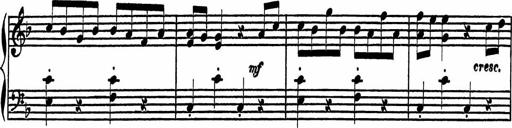
Title: 4 Piano Sonatinas
Composer: Adam Geibel